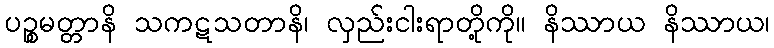
ပဉ္စမတ္တာနိ သကဋသတာနိ၊ လှည်းငါးရာတို့ကို။ နိဿာယ နိဿာယ၊